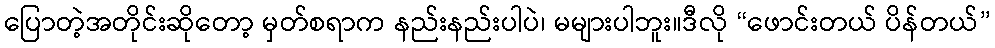
ပြောတဲ့အတိုင်းဆိုတော့ မှတ်စရာက နည်းနည်းပါပဲ၊ မများပါဘူး။ဒီလို “ဖောင်းတယ် ပိန်တယ်”